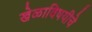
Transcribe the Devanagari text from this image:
खेळाविषयीचे